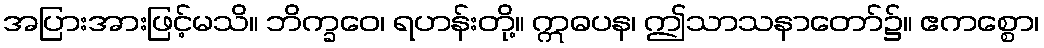
အပြားအားဖြင့်မသိ။ ဘိက္ခဝေ၊ ရဟန်းတို့။ ဣဓပန၊ ဤသာသနာတော်၌။ ဧကစ္စော၊